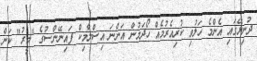
ދުނިޔޭގައި އެންމެ ހަލުވި ކުރިއެރުމެއް ހޯދަމުން އަންނަ އިސްލާމިކް ފައިނޭންސުގެ "މީރު" ކަން